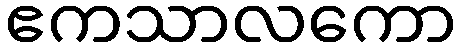
ဧကသာလကော